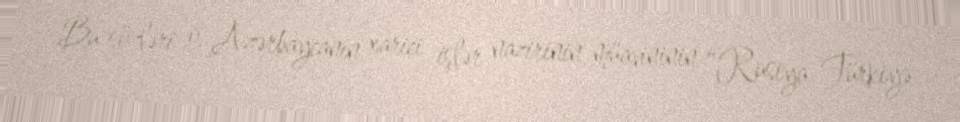
Bu sözləri o, Azərbaycanın xarici işlər nazirinin müavininin “Rusiya-Türkiyə